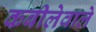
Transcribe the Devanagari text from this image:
कबीलेवाले